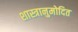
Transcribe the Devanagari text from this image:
शास्त्रानुमोदित